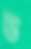
উ